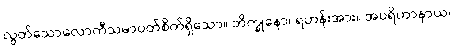
လွတ်သောလောကီသမာပတ်စိတ်ရှိသော။ ဘိက္ခုနော၊ ရဟန်းအား။ အပရိဟာနာယ၊